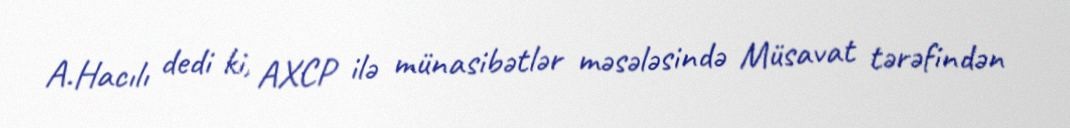
A.Hacılı dedi ki, AXCP ilə münasibətlər məsələsində Müsavat tərəfindən